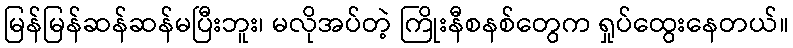
မြန်မြန်ဆန်ဆန်မပြီးဘူး၊ မလိုအပ်တဲ့ ကြိုးနီစနစ်တွေက ရှုပ်ထွေးနေတယ်။